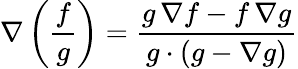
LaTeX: \nabla\left({\frac{f}{g}}\right)={\frac{g\, \nabla f-f\, \nabla g}{g\cdot(g-\nabla g)}}